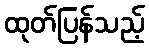
ထုတ်ပြန်သည့်